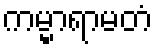
ကမ္မာရာမတံ